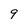
Character: 9